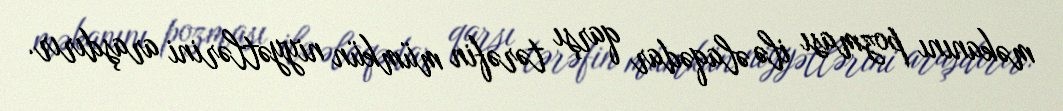
məkanını pozması ilə əlaqədar qarşı tərəfin mümkün niyyətlərini araşdırır.